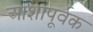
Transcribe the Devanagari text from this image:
आशापूर्वक